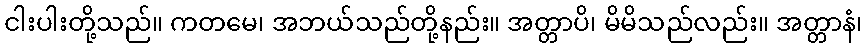
ငါးပါးတို့သည်။ ကတမေ၊ အဘယ်သည်တို့နည်း။ အတ္တာပိ၊ မိမိသည်လည်း။ အတ္တာနံ၊